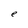
Character: e